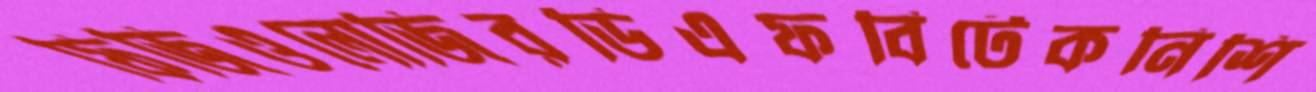
ফিজিওলোজিরডিএফবিটেকনিশি